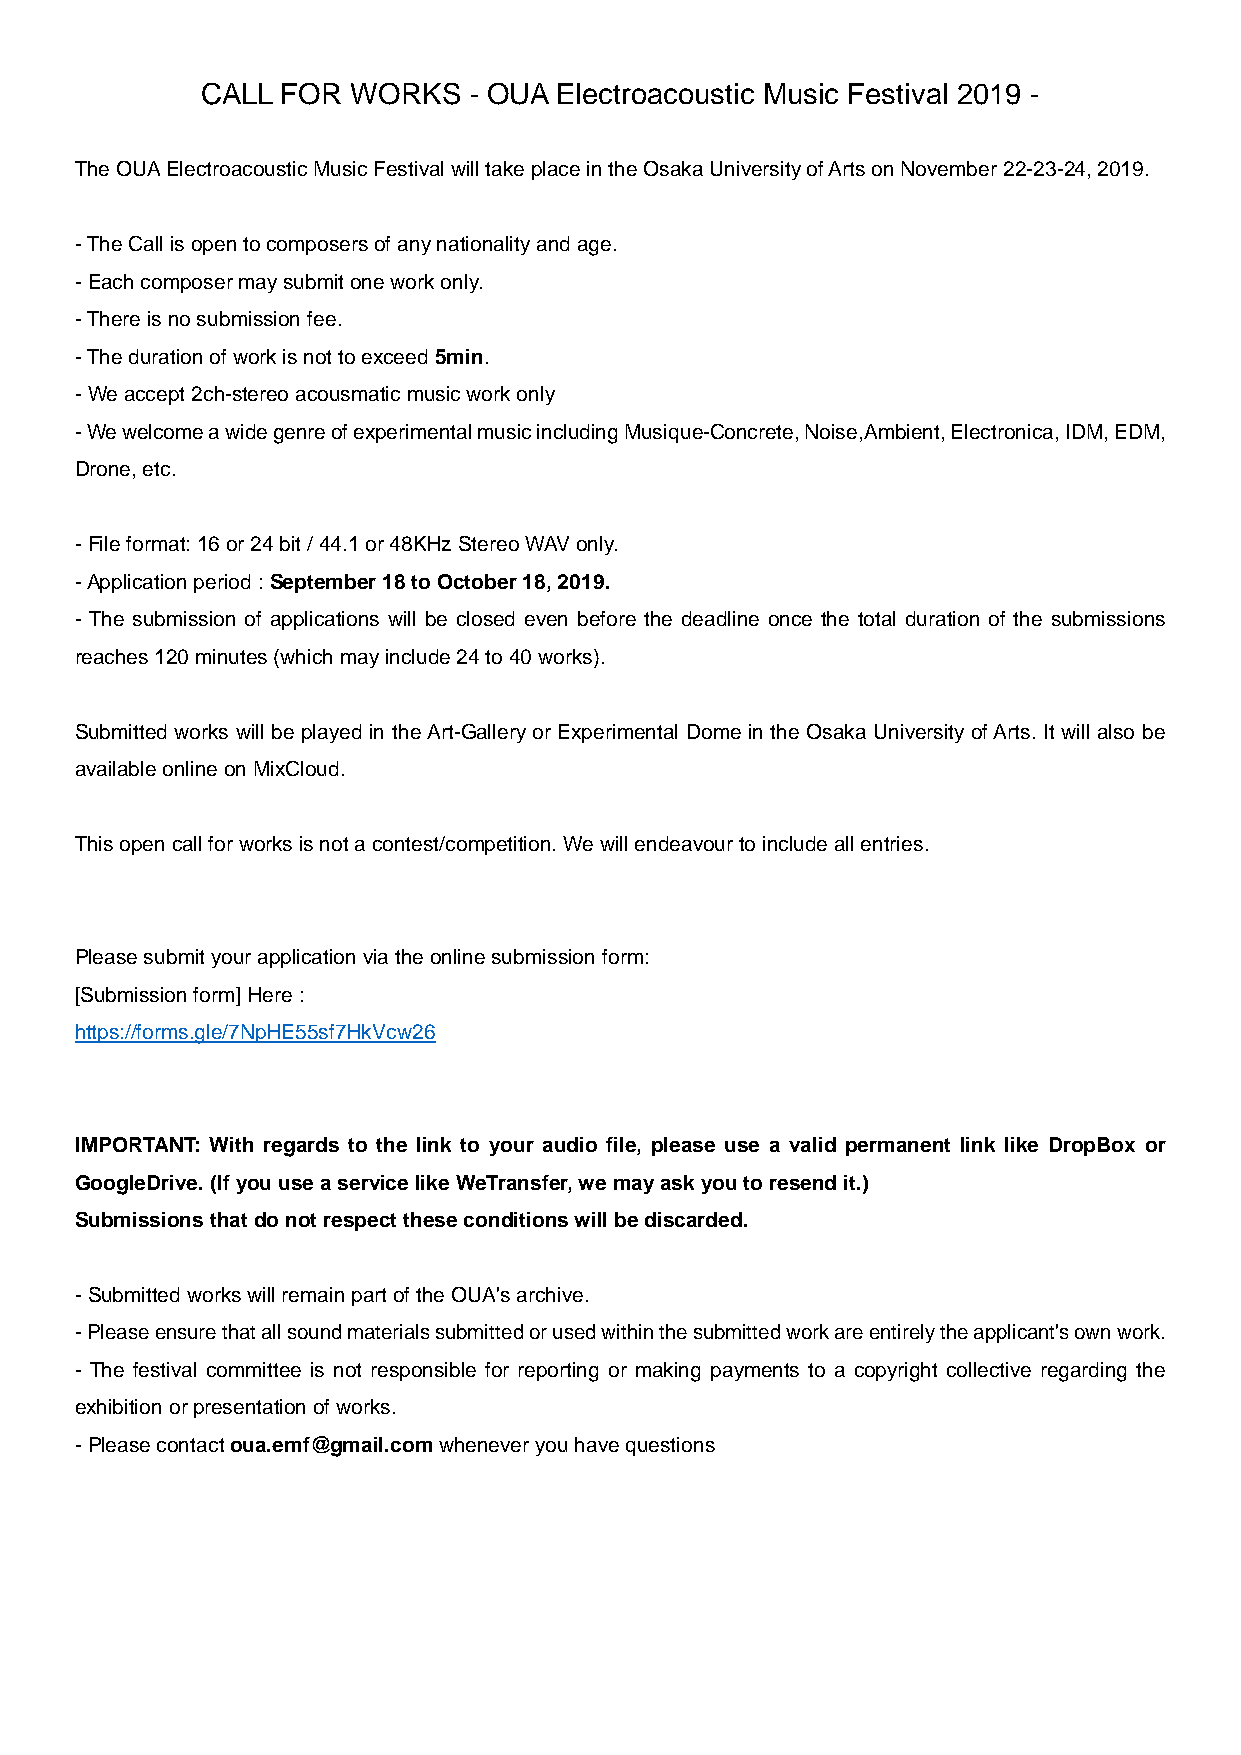
CALL  FOR WORKS   - OUA Electroacoustic Music Festival 2019 -
 The OUA Electroacoustic Music Festival will take place in the Osaka University of Arts on November 22-23-24, 2019.
 - The Call is open to composers of any nationality and age.
 - Each composer may submit one work only.
 - There is no submission fee.
 - The duration of work is not to exceed 5min.
 - We accept 2ch-stereo acousmatic music work only
 - We welcome a wide genre of experimental music including Musique-Concrete, Noise,Ambient, Electronica, IDM, EDM,
 Drone, etc.
 - File format: 16 or 24 bit / 44.1 or 48KHz Stereo WAV only.
 - Application period : September 18 to October 18, 2019.
 - The submission of applications will be closed even before the deadline once the total duration of the submissions
 reaches 120 minutes (which may include 24 to 40 works).
 Submitted works will be played in the Art-Gallery or Experimental Dome in the Osaka University of Arts. It will also be
 available online on MixCloud.
 This open call for works is not a contest/competition. We will endeavour to include all entries.
 Please submit your application via the online submission form:
 [Submission form] Here :
 https://forms.gle/7NpHE55sf7HkVcw26
 IMPORTANT: With regards to the link to your audio file, please use a valid permanent link like DropBox or
 GoogleDrive. (If you use a service like WeTransfer, we may ask you to resend it.)
 Submissions that do not respect these conditions will be discarded.
 - Submitted works will remain part of the OUA's archive.
 - Please ensure that all sound materials submitted or used within the submitted work are entirely the applicant's own work.
 - The festival committee is not responsible for reporting or making payments to a copyright collective regarding the
 exhibition or presentation of works.
 - Please contact oua.emf@gmail.com whenever you have questions